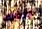
كعك